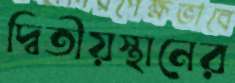
দ্বিতীয়স্থানের